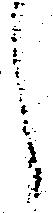
し